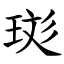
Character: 珳